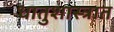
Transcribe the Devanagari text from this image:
धातुशास्त्रात